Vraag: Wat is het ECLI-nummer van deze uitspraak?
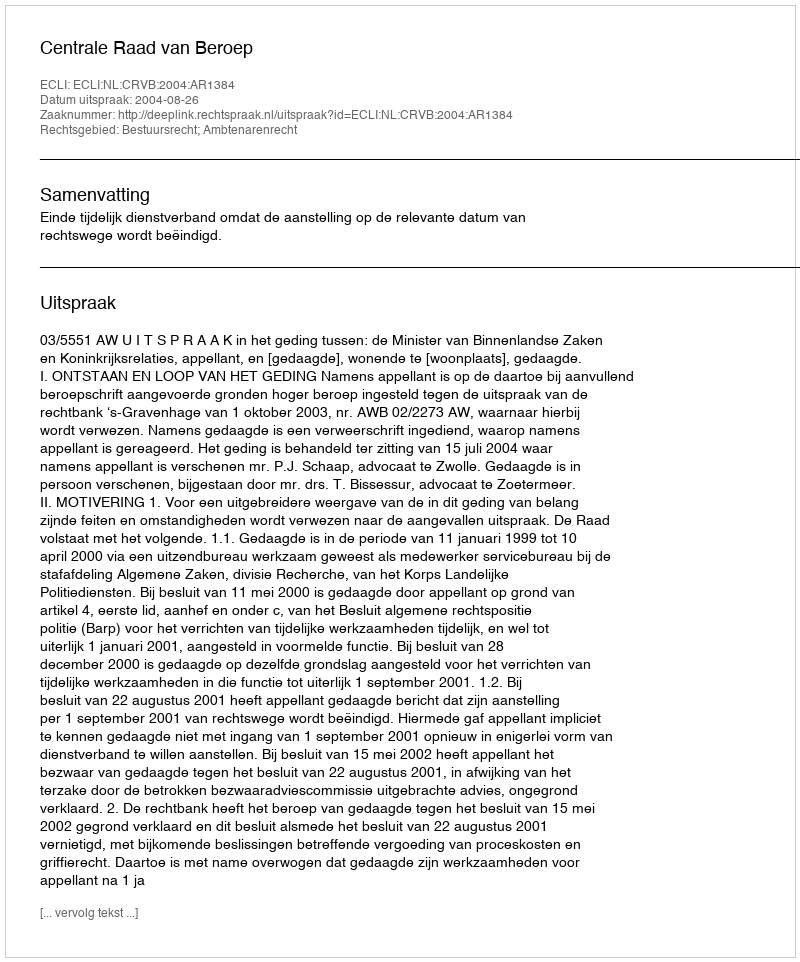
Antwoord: ECLI:NL:CRVB:2004:AR1384